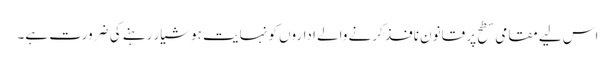
اس لیے مقامی سطح پر قانون نافذ کرنے والے اداروں کو نہایت ہوشیار رہنے کی ضرورت ہے۔